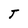
Character: T